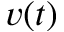
v ( t )